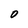
Character: D